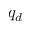
q _ { d }